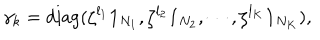
LaTeX: \gamma _ { k } = \mathrm { d i a g } ( \zeta ^ { l _ { 1 } } { \bf 1 } _ { N _ { 1 } } , \zeta ^ { l _ { 2 } } { \bf 1 } _ { N _ { 2 } } , \cdots , \zeta ^ { l _ { K } } { \bf 1 } _ { N _ { K } } ) ,